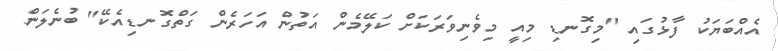
އެއްބަޔަކު ފާޅުގައި "މިގޮނޑި މިއީ މިވެނިވަރަކަށް ކަލޭމެން އަތުން އަހަރެން ގަތްގޮނޑިއެކޭ" ބުނެލަން